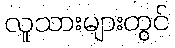
လူသားများတွင်